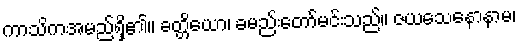
ကာသိကအမည်ရှိ၏။ ခတ္တိယော၊ ခမည်းတော်မင်းသည်။ ဇယသေနောနာမ၊